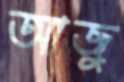
আজু